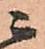
ニ